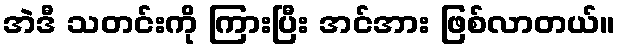
အဲဒီ သတင်းကို ကြားပြီး အင်အား ဖြစ်လာတယ်။